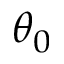
\theta _ { 0 }